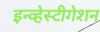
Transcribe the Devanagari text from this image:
इन्व्हेस्टीगेशन